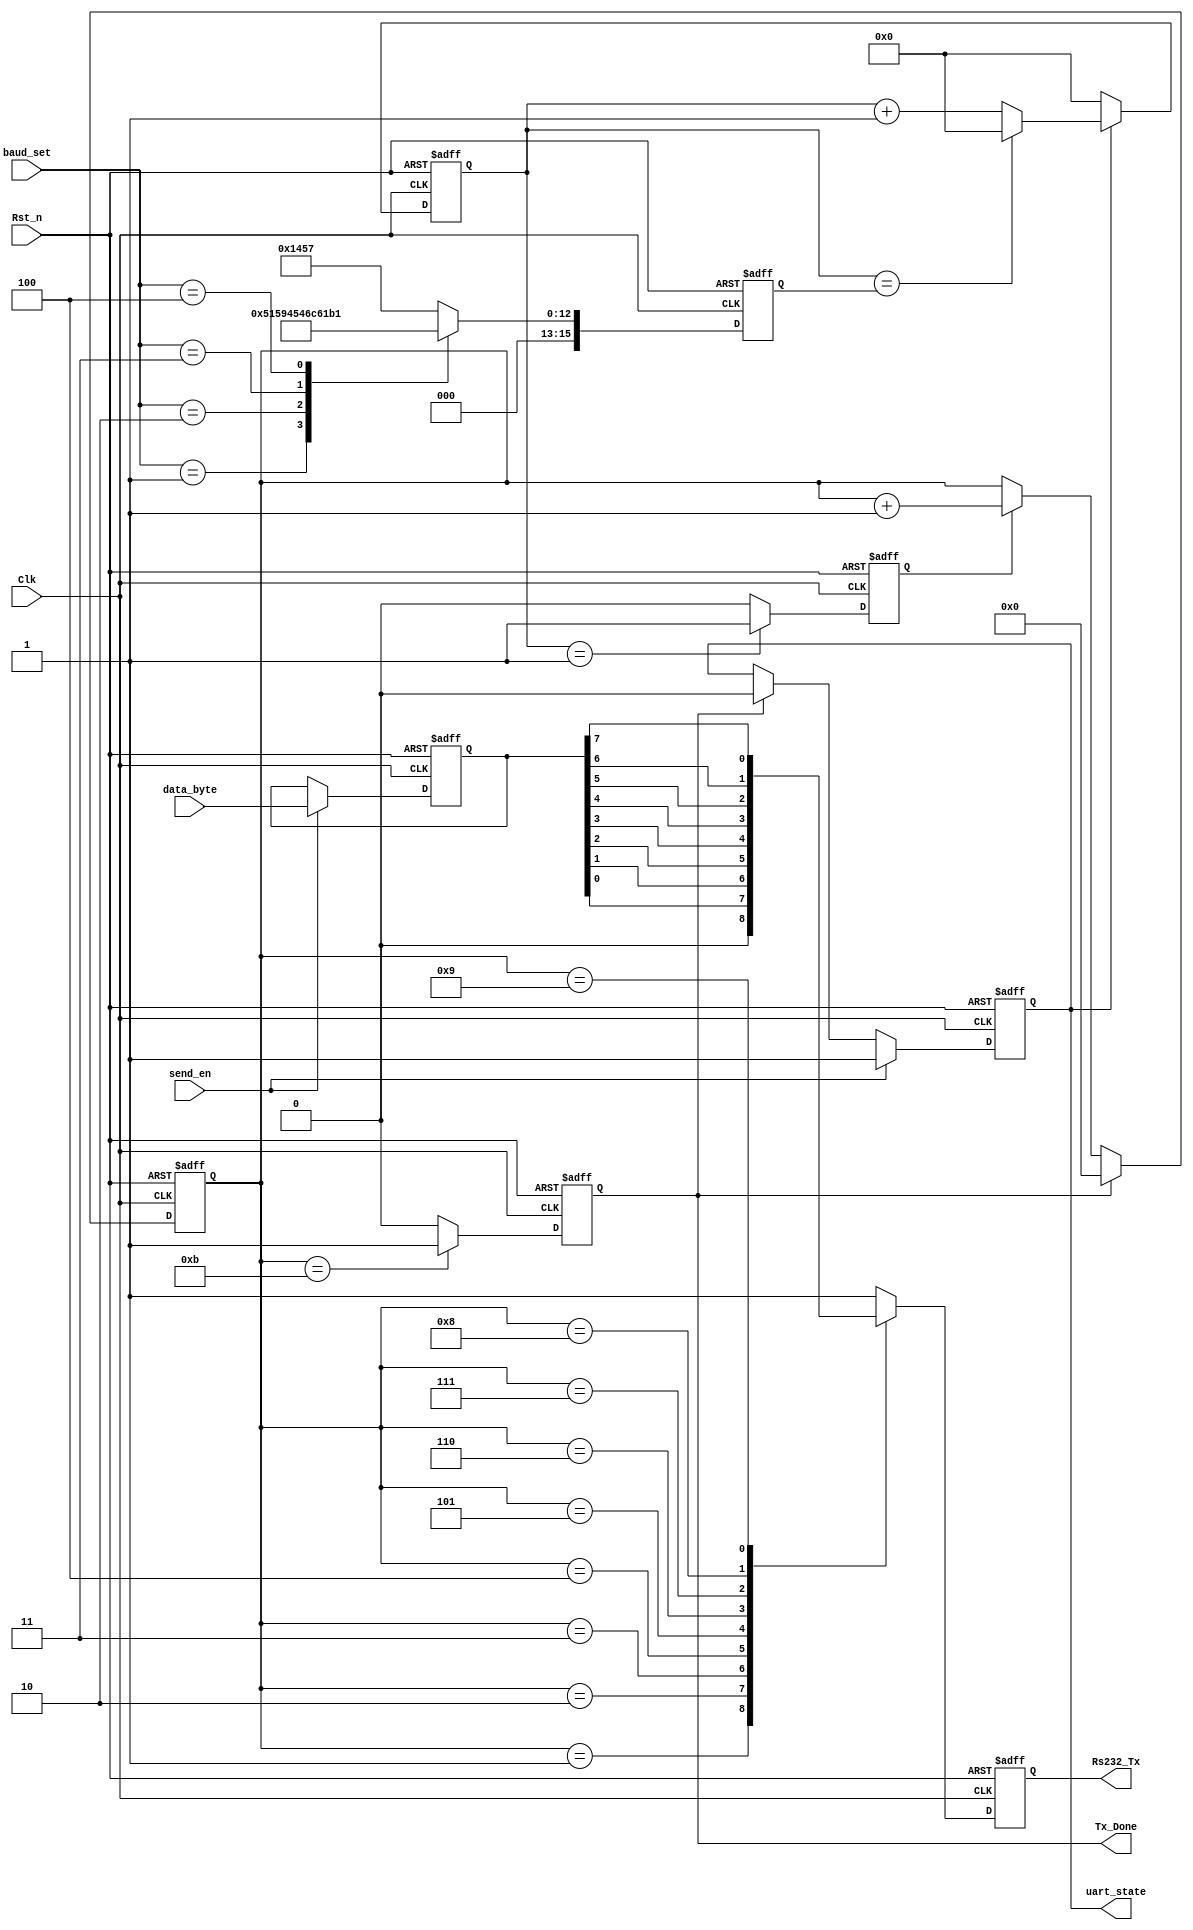
module uart_byte_tx(
	Clk,
	Rst_n,
	data_byte,
	send_en,
	baud_set,
	
	Rs232_Tx,
	Tx_Done,
	uart_state
);

	input Clk;
	input Rst_n;
	input [7:0]data_byte;
	input send_en;
	input [2:0]baud_set;
	
	output reg Rs232_Tx;
	output reg Tx_Done;
	output reg uart_state;
	
	reg bps_clk;	//
	
	reg [15:0]div_cnt;//
	
	reg [15:0]bps_DR;//
	
	reg [3:0]bps_cnt;//
	
	reg [7:0]r_data_byte;
	
	localparam START_BIT = 1'b0;
	localparam STOP_BIT = 1'b1;
	
	always@(posedge Clk or negedge Rst_n)
	if(!Rst_n)
		uart_state <= 1'b0;
	else if(send_en)
		uart_state <= 1'b1;
	else if(Tx_Done)
		uart_state <= 1'b0;
	else
		uart_state <= uart_state;
	
	always@(posedge Clk or negedge Rst_n)
	if(!Rst_n)
		r_data_byte <= 8'd0;
	else if(send_en)
		r_data_byte <= data_byte;
	else
		r_data_byte <= r_data_byte;
	
	always@(posedge Clk or negedge Rst_n)
	if(!Rst_n)
		bps_DR <= 16'd5207;
	else begin
		case(baud_set)
			0:bps_DR <= 16'd5207;
			1:bps_DR <= 16'd2603;
			2:bps_DR <= 16'd1301;
			3:bps_DR <= 16'd867;
			4:bps_DR <= 16'd433;
			default:bps_DR <= 16'd5207;			
		endcase
	end	
	
	//counter
	always@(posedge Clk or negedge Rst_n)
	if(!Rst_n)
		div_cnt <= 16'd0;
	else if(uart_state)begin
		if(div_cnt == bps_DR)
			div_cnt <= 16'd0;
		else
			div_cnt <= div_cnt + 1'b1;
	end
	else
		div_cnt <= 16'd0;
	
	// bps_clk gen
	always@(posedge Clk or negedge Rst_n)
	if(!Rst_n)
		bps_clk <= 1'b0;
	else if(div_cnt == 16'd1)
		bps_clk <= 1'b1;
	else
		bps_clk <= 1'b0;
	
	//bps counter
	always@(posedge Clk or negedge Rst_n)
	if(!Rst_n)	
		bps_cnt <= 4'd0;
	else if(Tx_Done)
		bps_cnt <= 4'd0;
	else if(bps_clk)
		bps_cnt <= bps_cnt + 1'b1;
	else
		bps_cnt <= bps_cnt;
		
	always@(posedge Clk or negedge Rst_n)
	if(!Rst_n)
		Tx_Done <= 1'b0;
	else if(bps_cnt == 4'd11)
		Tx_Done <= 1'b1;
	else
		Tx_Done <= 1'b0;
		
	always@(posedge Clk or negedge Rst_n)
	if(!Rst_n)
		Rs232_Tx <= 1'b1;
	else begin
		case(bps_cnt)
			0:Rs232_Tx <= 1'b1;
			1:Rs232_Tx <= START_BIT;
			2:Rs232_Tx <= r_data_byte[0];
			3:Rs232_Tx <= r_data_byte[1];
			4:Rs232_Tx <= r_data_byte[2];
			5:Rs232_Tx <= r_data_byte[3];
			6:Rs232_Tx <= r_data_byte[4];
			7:Rs232_Tx <= r_data_byte[5];
			8:Rs232_Tx <= r_data_byte[6];
			9:Rs232_Tx <= r_data_byte[7];
			10:Rs232_Tx <= STOP_BIT;
			default:Rs232_Tx <= 1'b1;
		endcase
	end	

endmodule